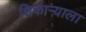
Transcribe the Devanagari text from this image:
शिकाऱ्याला